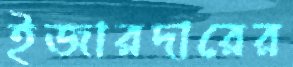
ইজারদারের